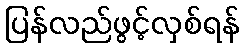
ပြန်လည်ဖွင့်လှစ်ရန်